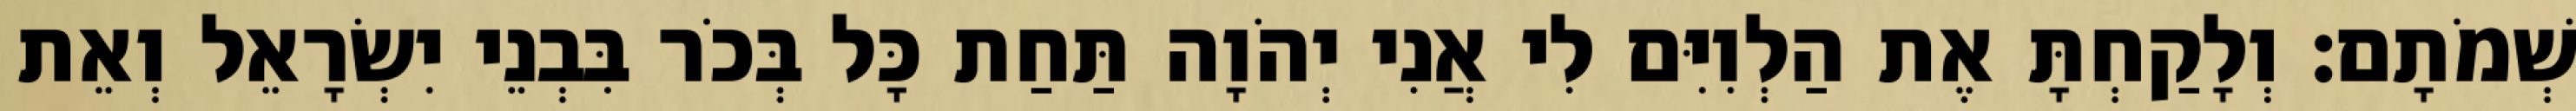
שְׁמֹתָם׃ וְלָקַחְתָּ אֶת הַלְוִיִּם לִי אֲנִי יְהֹוָה תַּחַת כָּל בְּכֹר בִּבְנֵי יִשְׂרָאֵל וְאֵת